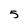
Character: 5